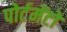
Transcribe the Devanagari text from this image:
पोर्टमेंटो